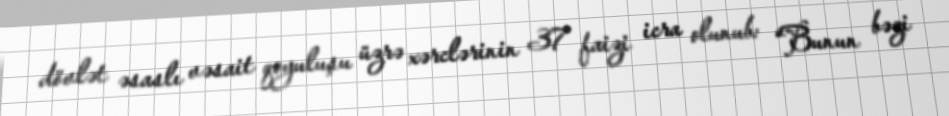
dövlət əsaslı vəsait qoyuluşu üzrə xərclərinin 37 faizi icra olunub: “Bunun bəzi